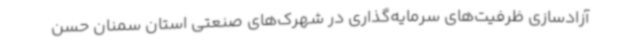
آزادسازی ظرفیت‌های سرمایه‌گذاری در شهرک‌های صنعتی استان سمنان حسن